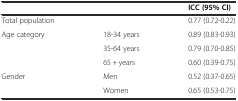
<table><thead><tr><td></td><td></td><td><b>ICC (95% CI)</b></td></tr></thead><tbody><tr><td>Total population</td><td></td><td>0.77 (0.72-0.22)</td></tr><tr><td>Age category</td><td>18-34 years</td><td>0.89 (0.83-0.93)</td></tr><tr><td></td><td>35-64 years</td><td>0.79 (0.70-0.85)</td></tr><tr><td></td><td>65 + years</td><td>0.60 (0.39-0.75)</td></tr><tr><td>Gender</td><td>Men</td><td>0.52 (0.37-0.65)</td></tr><tr><td></td><td>Women</td><td>0.65 (0.53-0.75)</td></tr></tbody></table>